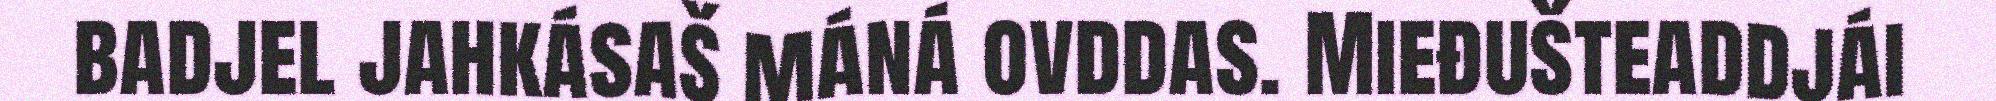
badjel jahkásaš máná ovddas. Mieđušteaddjái